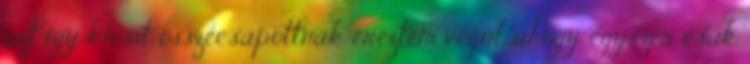
azt így kicsit összecsapottnak éreztem végül, ahogy egyszer csak